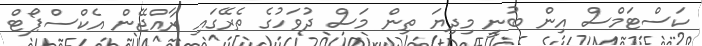
ކަސްޓަމްސް އިން ބުނީ މިދިޔަ ތިން މަސް ދުވަހުގެ ތެރޭގައި ރާއްޖޭން އެކްސްޕޯޓް